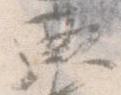
典